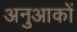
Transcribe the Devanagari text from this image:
अनुआकों